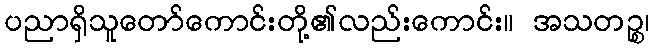
ပညာရှိသူတော်ကောင်းတို့၏လည်းကောင်း။ အသတဉ္စ၊